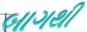
બાગથી